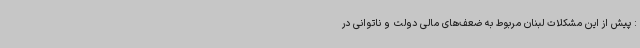
: پیش از این مشکلات لبنان مربوط به ضعف‌های مالی دولت و ناتوانی در